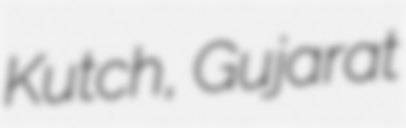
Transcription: Kutch, Gujarat